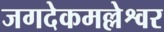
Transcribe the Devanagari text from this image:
जगदेकमल्लेश्वर